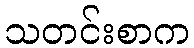
သတင်းစာက